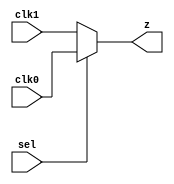
//#############################################################################
//# Function: 2:1 Clock Mux                                                   #
//#############################################################################
//# Author:   Andreas Olofsson                                                #
//# License:  MIT (see LICENSE file in OH! repository)                        #
//#############################################################################

module asic_clkmux2 #(parameter PROP = "DEFAULT")   (
    input  clk0,
    input  clk1,
    input  sel,
    output z
    );

   assign z = sel ? clk0 : clk1;

endmodule